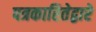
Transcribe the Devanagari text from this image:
पत्रकारितेद्वारे